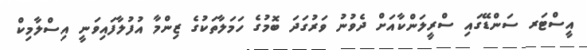
އީސްޓަރ ސަންޑޭގައި ސްރީލަންކާއަށް ދެވުނު ވަރުގަދަ ބޮމުގެ ހަމަލާތަކުގެ ޒިންމާ އުފުލާފައިވަނީ އިސްލާމިކް